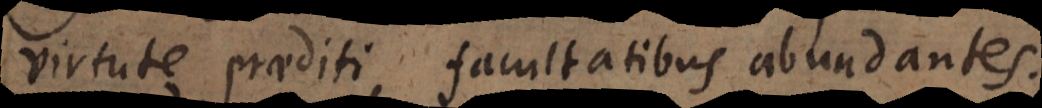
virtute praediti, facultatibus abundantes,